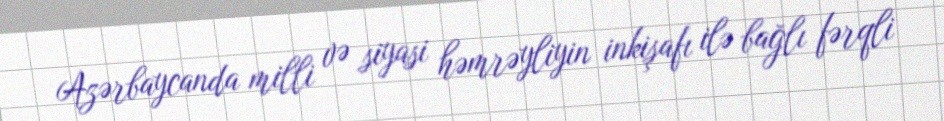
Azərbaycanda milli və siyasi həmrəyliyin inkişafı ilə bağlı fərqli